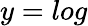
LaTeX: y=log